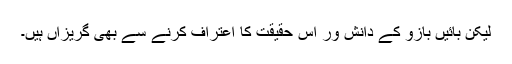
لیکن بائیں بازو کے دانش ور اس حقیقت کا اعتراف کرنے سے بھی گریزاں ہیں۔